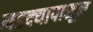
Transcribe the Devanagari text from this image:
मडक्यापासून